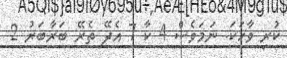
ކުރި ވާހަކަ. ނަމަވެސް 4 ކާ 7 އެދޭ ތެރޭ ބަރާބަރު 2